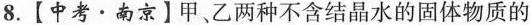
8.【中考·南京】甲、乙两种不含结晶水的固体物质的